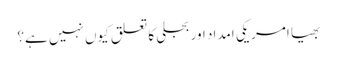
بھیا امریکی امداد اور بجلی کا تعلق کیوں نہیں ہے؟